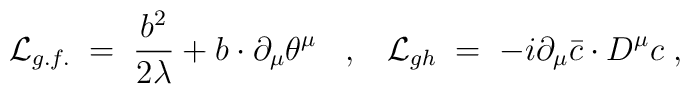
{\cal L}_{g.f.} \;=\; \frac{b^2}{2 \lambda} + b \cdot \partial_{\mu}\theta^{\mu} \;\;\;,\;\;\; {\cal L}_{gh} \;=\; -i \partial_{\mu}{\bar c}\cdot D^{\mu} c \;,